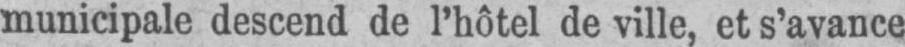
municipale descend de l’hôtel de ville, et s’avance